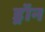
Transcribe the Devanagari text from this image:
ड्रॉन